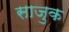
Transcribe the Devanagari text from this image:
साजुक